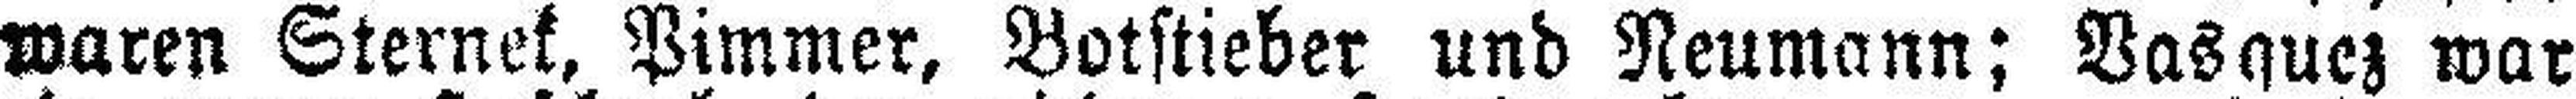
waren Sternek, Pimmer, Botstieber und Neumann; Vasquez war